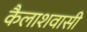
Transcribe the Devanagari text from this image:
कैलाशवासी